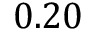
0 . 2 0